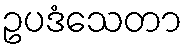
ဥပဒံသေတာ